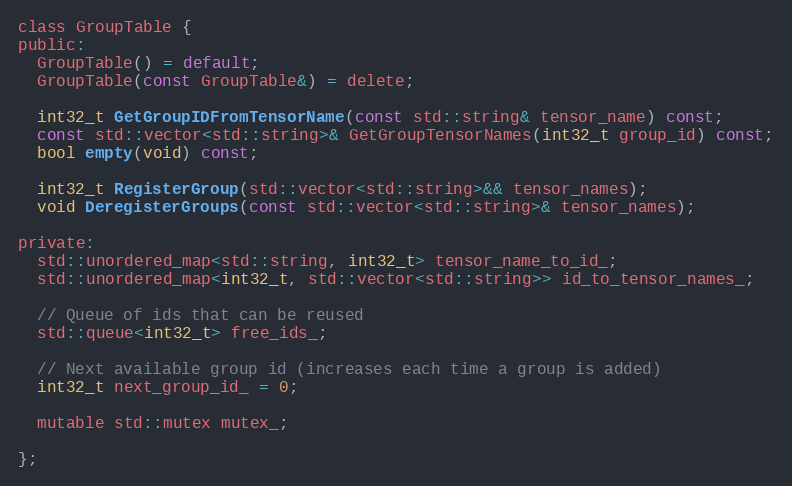
Language: C
class GroupTable {
public:
  GroupTable() = default;
  GroupTable(const GroupTable&) = delete;

  int32_t GetGroupIDFromTensorName(const std::string& tensor_name) const;
  const std::vector<std::string>& GetGroupTensorNames(int32_t group_id) const;
  bool empty(void) const;

  int32_t RegisterGroup(std::vector<std::string>&& tensor_names);
  void DeregisterGroups(const std::vector<std::string>& tensor_names);

private:
  std::unordered_map<std::string, int32_t> tensor_name_to_id_;
  std::unordered_map<int32_t, std::vector<std::string>> id_to_tensor_names_;

  // Queue of ids that can be reused
  std::queue<int32_t> free_ids_;

  // Next available group id (increases each time a group is added)
  int32_t next_group_id_ = 0;

  mutable std::mutex mutex_;

};